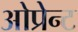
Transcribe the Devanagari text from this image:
ओप्रेन्ट